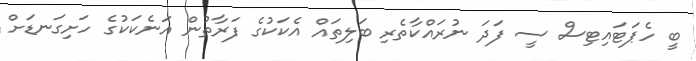
ބީ ހެޕަޓައިޓިސް ސީ ފަދަ ނުރައްކާތެރި ބަލިތައް އެކަކުގެ ފަރާތުން އަނެކަކުގެ ހަށިގަނޑަށް